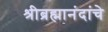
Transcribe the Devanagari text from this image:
श्रीब्रह्मानंदांचे